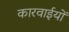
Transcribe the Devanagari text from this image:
कारवाईयों